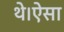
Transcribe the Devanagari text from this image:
थे।ऐसा